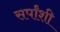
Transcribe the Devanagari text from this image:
सर्पांशी